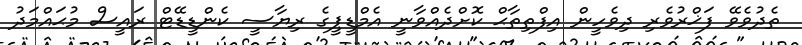
ތެދުވެވޭ ފަޚްރުވެރި ދިވެހީން އިފްތިތާޙް ކޮށްދެއްވާނީ އެމްޑީޕީގެ ރިޔާސީ ކެންޑީޑޭޓް ރައީސް މުޙައްމަދު